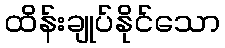
ထိန်းချုပ်နိုင်သော